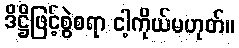
ဒိဋ္ဌိဖြင့်စွဲစရာ ငါ့ကိုယ်မဟုတ်။